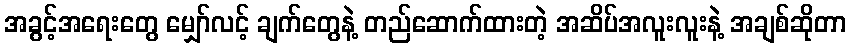
အခွင့်အရေးတွေ မျှော်လင့် ချက်တွေနဲ့ တည်ဆောက်ထားတဲ့ အဆိပ်အလူးလူးနဲ့ အချစ်ဆိုတာ